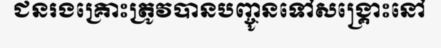
ជនរងគ្រោះត្រូវបានបញ្ចូនទៅសង្គ្រោះនៅ